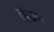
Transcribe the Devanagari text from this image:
तांडेला